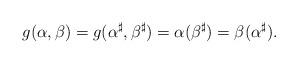
LaTeX: \begin{align*}g(\alpha,\beta)=g(\alpha^\sharp,\beta^\sharp)=\alpha(\beta^\sharp)=\beta(\alpha^\sharp).\end{align*}